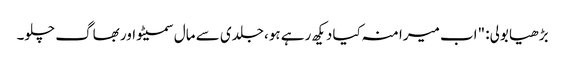
بڑھیا بولی: "اب میرا منہ کیا دیکھ رہے ہو، جلدی سے مال سمیٹو اور بھاگ چلو۔